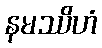
နမဿိဟံ